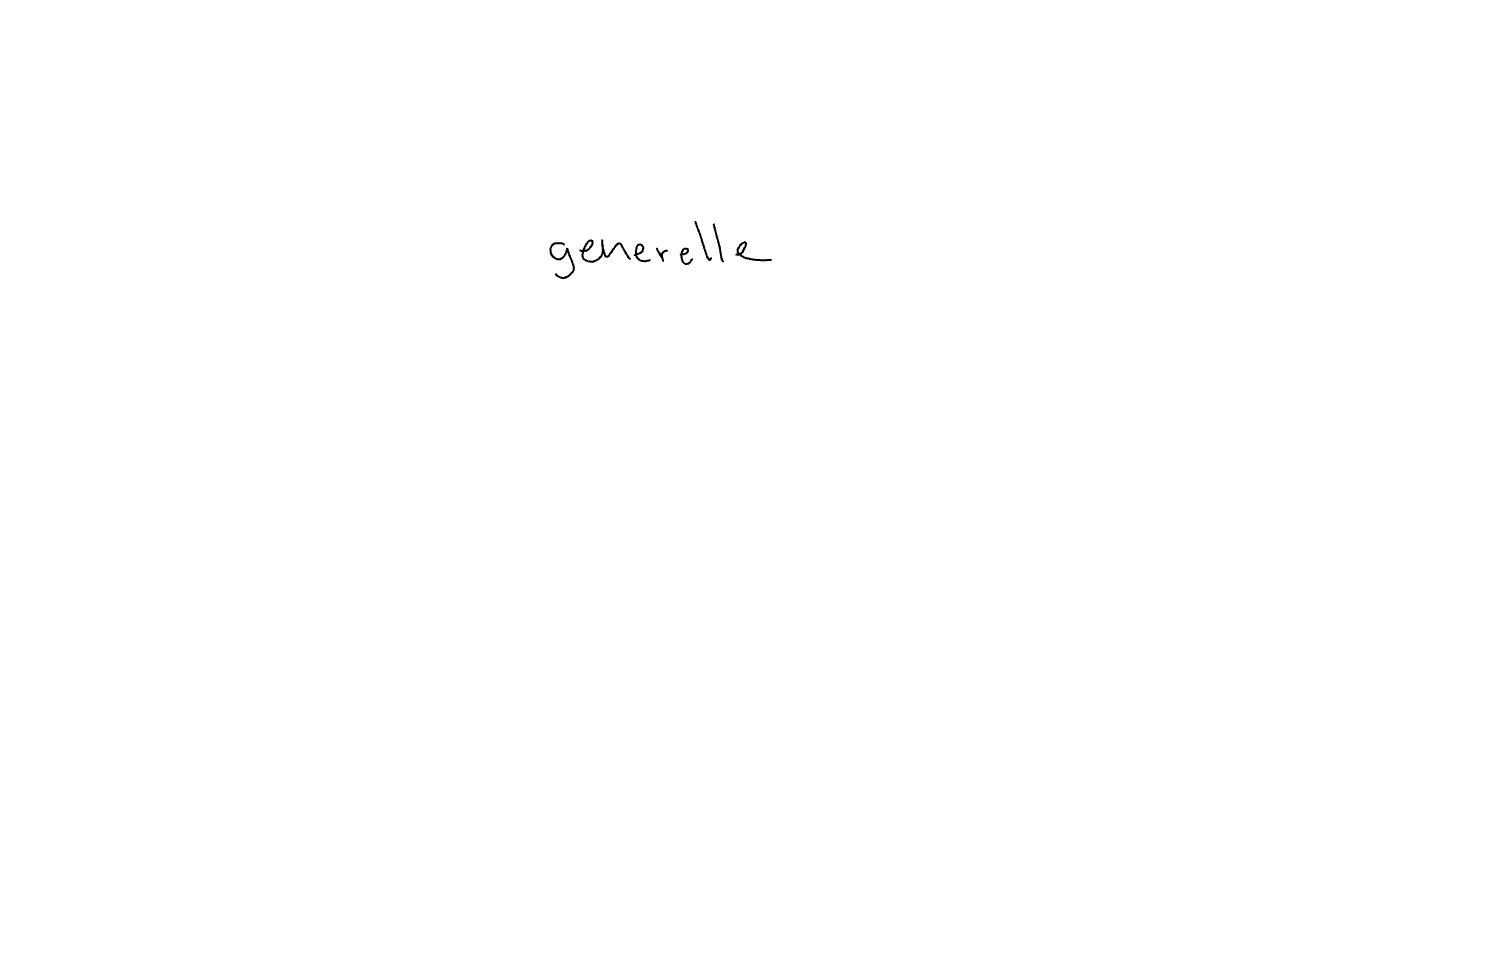
Text: generelle